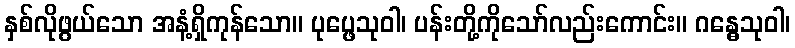
နှစ်လိုဖွယ်သော အနံ့ရှိကုန်သော။ ပုပ္ဖေသုဝါ၊ ပန်းတို့ကိုသော်လည်းကောင်း။ ဂန္ဓေသုဝါ၊